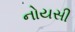
નોયસી